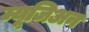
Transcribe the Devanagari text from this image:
म्यूजिअन